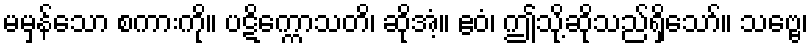
မမှန်သော စကားကို။ ပဋိက္ကောသတိ၊ ဆိုအံ့။ ဧဝံ၊ ဤသို့ဆိုသည်ရှိသော်။ သဗ္ဗေ၊